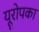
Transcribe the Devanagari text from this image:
यूरोपका